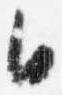
日